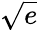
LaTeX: \textstyle{\sqrt{e}}